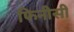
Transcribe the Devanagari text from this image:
फिनीसी